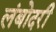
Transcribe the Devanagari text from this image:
लंबोदरी